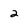
Character: 2